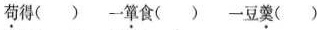
苟得( ) 一箪食( ) 一豆羹( )